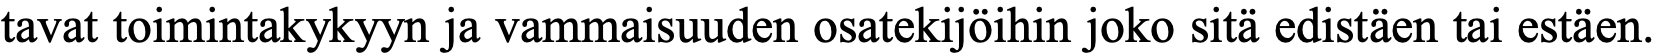
tavat toimintakykyyn ja vammaisuuden osatekijöihin joko sitä edistäen tai estäen.